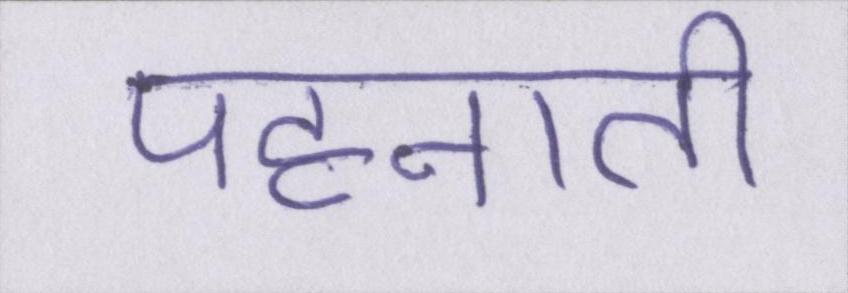
पहनाती